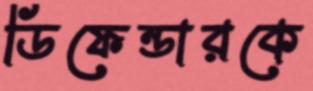
ডিফেন্ডারকে